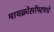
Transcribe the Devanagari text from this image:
मायक्रोसॉफ्टमधे